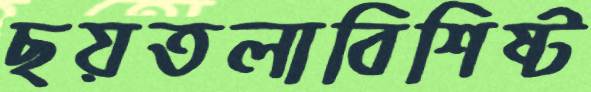
ছয়তলাবিশিষ্ট